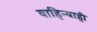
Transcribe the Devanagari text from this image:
वाहिन्याही